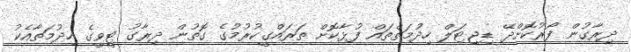
ދިރާގުން ފޯރުކޮށްދޭ ޑިޖިޓަލް ހިދުމަތްތައް ފުޅާކޮށް ތަރައްގީކުރުމުގެ ގޮތުން ދިރާގު ޓީވީގެ ހިދުމަތާއެކު